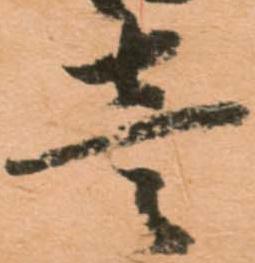
壱